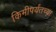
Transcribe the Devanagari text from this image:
किमीपर्यंतच्या